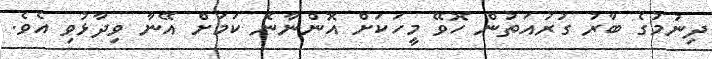
ދިނުމުގެ ބާރު ގުރުއަތުން ހޮވޭ މީހަކަށް އޮންނާނެ ކަމަށް އޭނާ ވިދާޅުވި އެވެ.